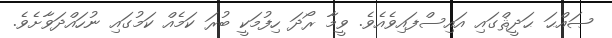
ޞައްޙަ ޙަދީޘްގައި އައިސްފައިވެއެވެ. ވީމާ ރޯދަ ހިފުމަކީ ބުރަ ކަމެއް ކަމުގައި ނުހައްދަވާށެވެ.